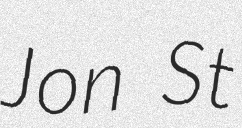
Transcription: Jon St